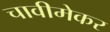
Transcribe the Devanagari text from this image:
चावीमेकर